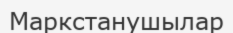
Маркстанушылар